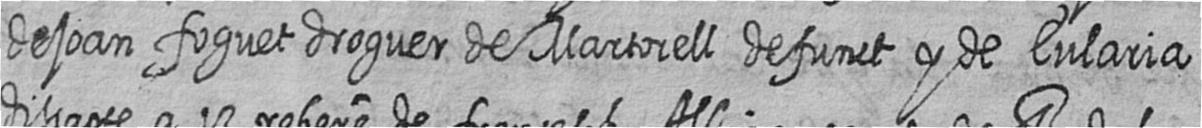
de joan foguet droguer de Martorell defunct y de Eularia